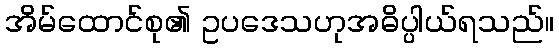
အိမ်ထောင်စု၏ ဥပဒေသဟုအဓိပ္ပါယ်ရသည်။